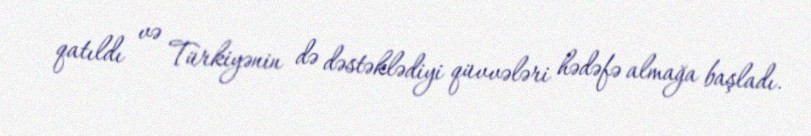
qatıldı və Türkiyənin də dəstəklədiyi qüvvələri hədəfə almağa başladı.